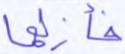
فأزلهما